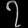
Digit: ၇